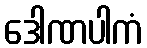
ဒေါဏပါကံ